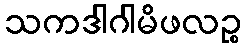
သကဒါဂါမိဖလဉ္စ